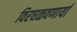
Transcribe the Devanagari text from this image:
विरघळवणार्या